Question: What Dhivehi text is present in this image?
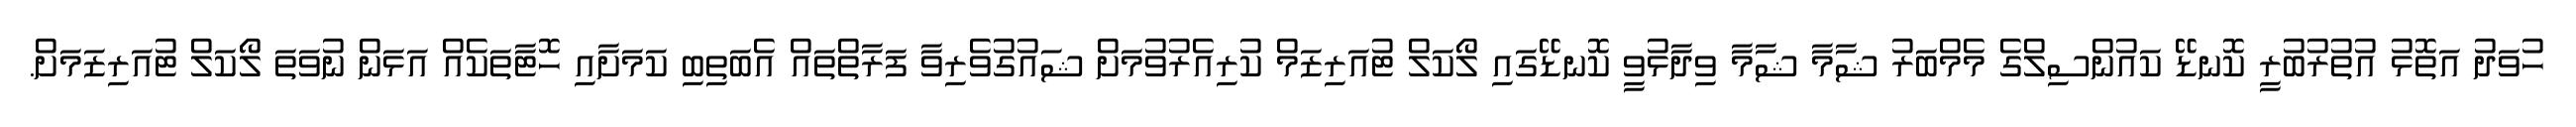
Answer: ހުވަދު އަތޮޅު އުތުރުބުރީ ކޮނޑޭ ކައުންސިލްގެ މެމްބަރު ޝާމާ ޝާމާ ވިދާޅުވީ ކޮނޑޭގައި ލޯކަލް ޓުއަރިޒަމް ކުރިއެރުވުމަށް ޝައުގުވެރިވާ ފަރާތްތައް އެބަތިބި ކަމަށާއި ހޮޓާތަކެއް އަޅަން ނުވަތަ ލޯކަލް ޓުއަރިޒަމަށް.